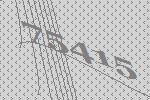
75415